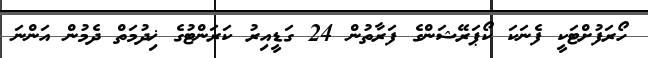
ހޯރަފުށްޓަކީ ފެނަކަ ކޯޕަރޭޝަންގެ ފަރާތުން 24 ގަޑީއިރު ކަރަންޓުގެ ޚިދުމަތް ދެމުން އަންނަ